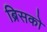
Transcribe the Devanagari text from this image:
ब्रिसको